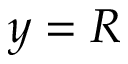
y = R